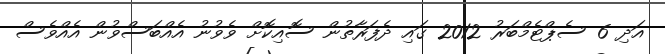
އަދި 6 ސެޕްޓެމްބަރު 2012 ގައި ދެފަރާތުން ސޮއިކޮށް ވެވުނު އެއްބަސްވުން އެއްވެސް